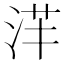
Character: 𣴱